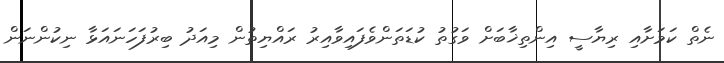
ނެތް ކަމަށާއި ރިޔާސީ އިންތިޚާބަށް ވަގުތު ކުޑަތަންވެފައިވާއިރު ރައްޔިތުން މިއަދު ބިރުފަހަނައަޅާ ނިކުންނަން